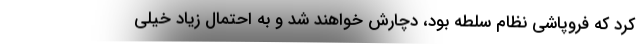
کرد که فروپاشی نظام سلطه بود، دچارش خواهند شد و به احتمال زیاد خیلی